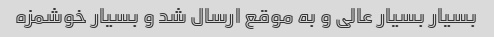
بسیار بسیار عالی و به موقع ارسال شد و بسیار خوشمزه